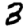
Digit: 3